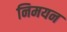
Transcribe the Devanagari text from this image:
निमयन